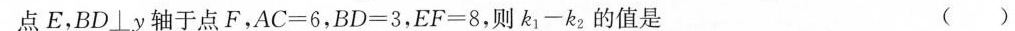
点E，BD⊥y轴于点F，AC=6，BD=3，EF=8，则 $$ k_{1}-k_{2} $$ 的值是 ( )